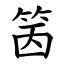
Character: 䇧